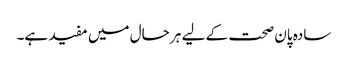
سادہ پان صحت کے لیے ہر حال میں مفید ہے۔